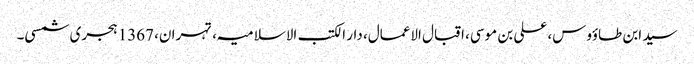
سید ابن طاؤوس، علی بن موسی، اقبال الاعمال، دار الکتب الاسلامیہ، تہران، 1367 ہجری شمسی۔